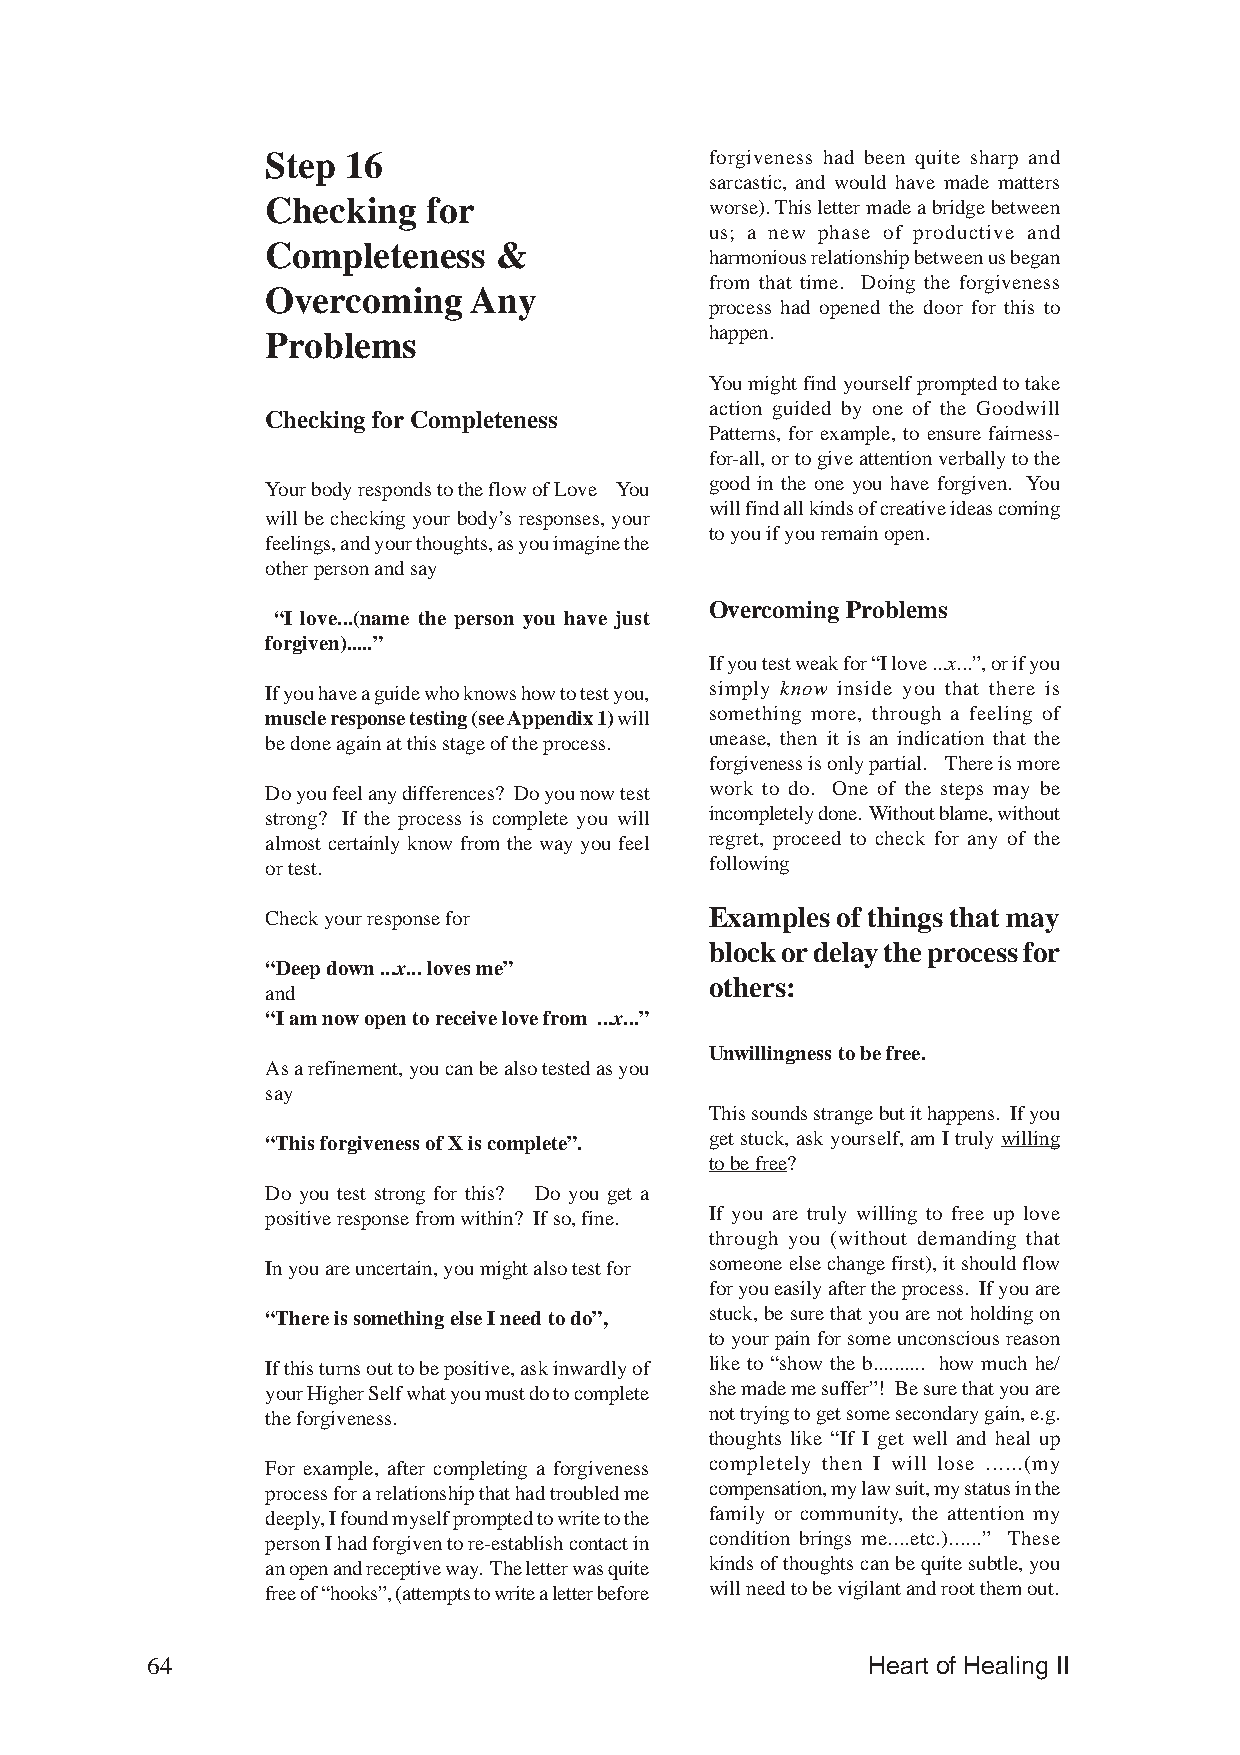
Step 16                      forgiveness had been quite sharp and
 sarcastic, and would have made matters
 Checking  for                worse). This letter made a bridge between
 us; a new phase of productive and
 Completeness   &
 harmonious relationship between us began
 from that time. Doing the forgiveness
 Overcoming   Any
 process had opened the door for this to
 Problems                     happen.
 You might find yourself prompted to take
 action guided by one of the Goodwill
 Checking for Completeness
 Patterns, for example, to ensure fairness-
 for-all, or to give attention verbally to the
 good in the one you have forgiven. You
 Your body responds to the flow of Love You
 will find all kinds of creative ideas coming
 will be checking your body’s responses, your
 to you if you remain open.
 feelings, and your thoughts, as you imagine the
 other person and say
 Overcoming Problems
 “I love...(name the person you have just
 forgiven).....”
 If you test weak for “I love ...x...”, or if you
 If you have a guide who knows how to test you, simply know inside you that there is
 muscle response testing (see Appendix 1) will something more, through a feeling of
 be done again at this stage of the process. unease, then it is an indication that the
 forgiveness is only partial. There is more
 Do you feel any differences? Do you now test work to do. One of the steps may be
 strong? If the process is complete you will incompletely done. Without blame, without
 almost certainly know from the way you feel regret, proceed to check for any of the
 or test.                     following
 Check your response for      Examples of things that may
 block or delay the process for
 “Deep down ...x... loves me”
 others:
 and
 “I am now open to receive love from ...x...”
 Unwillingness to be free.
 As a refinement, you can be also tested as you
 say
 This sounds strange but it happens. If you
 “This forgiveness of X is complete”. get stuck, ask yourself, am I truly willing
 to be free?
 Do you test strong for this? Do you get a
 positive response from within? If so, fine. If you are truly willing to free up love
 through you (without demanding that
 In you are uncertain, you might also test for someone else change first), it should flow
 for you easily after the process. If you are
 “There is something else I need to do”, stuck, be sure that you are not holding on
 to your pain for some unconscious reason
 If this turns out to be positive, ask inwardly of like to “show the b.......... how much he/
 your Higher Self what you must do to complete she made me suffer”! Be sure that you are
 the forgiveness.             not trying to get some secondary gain, e.g.
 thoughts like “If I get well and heal up
 For example, after completing a forgiveness completely then I will lose ......(my
 process for a relationship that had troubled me compensation, my law suit, my status in the
 deeply, I found myself prompted to write to the family or community, the attention my
 person I had forgiven to re-establish contact in condition brings me....etc.)......” These
 an open and receptive way. The letter was quite kinds of thoughts can be quite subtle, you
 free of “hooks”, (attempts to write a letter before will need to be vigilant and root them out.
 64                                             Heart of Healing II